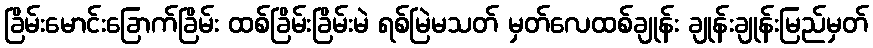
ခြိမ်းမောင်းခြောက်ခြိမ်း ထစ်ခြိမ်းခြိမ်းမဲ ရစ်မြဲမသတ် မှတ်လေထစ်ချုန်း ချုန်းချုန်းမြည်မှတ်